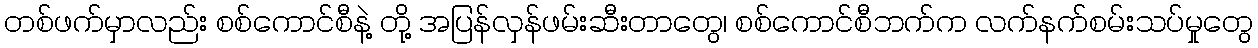
တစ်ဖက်မှာလည်း စစ်ကောင်စီနဲ့ တို့ အပြန်လှန်ဖမ်းဆီးတာတွေ၊ စစ်ကောင်စီဘက်က လက်နက်စမ်းသပ်မှုတွေ